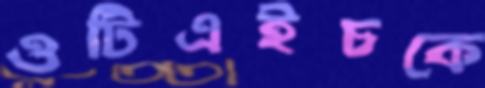
ওটিএইচকে